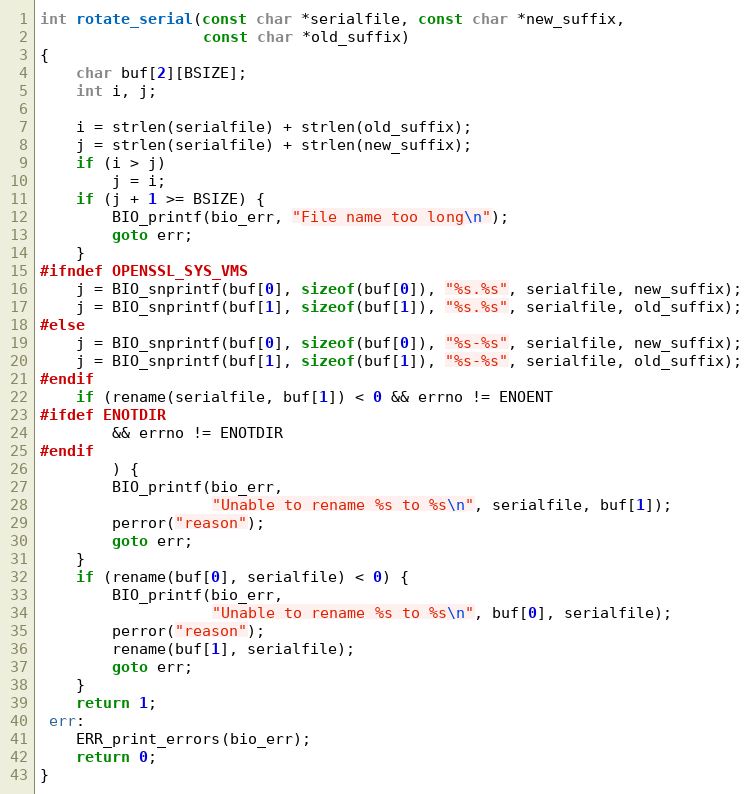
Language: C
int rotate_serial(const char *serialfile, const char *new_suffix,
                  const char *old_suffix)
{
    char buf[2][BSIZE];
    int i, j;

    i = strlen(serialfile) + strlen(old_suffix);
    j = strlen(serialfile) + strlen(new_suffix);
    if (i > j)
        j = i;
    if (j + 1 >= BSIZE) {
        BIO_printf(bio_err, "File name too long\n");
        goto err;
    }
#ifndef OPENSSL_SYS_VMS
    j = BIO_snprintf(buf[0], sizeof(buf[0]), "%s.%s", serialfile, new_suffix);
    j = BIO_snprintf(buf[1], sizeof(buf[1]), "%s.%s", serialfile, old_suffix);
#else
    j = BIO_snprintf(buf[0], sizeof(buf[0]), "%s-%s", serialfile, new_suffix);
    j = BIO_snprintf(buf[1], sizeof(buf[1]), "%s-%s", serialfile, old_suffix);
#endif
    if (rename(serialfile, buf[1]) < 0 && errno != ENOENT
#ifdef ENOTDIR
        && errno != ENOTDIR
#endif
        ) {
        BIO_printf(bio_err,
                   "Unable to rename %s to %s\n", serialfile, buf[1]);
        perror("reason");
        goto err;
    }
    if (rename(buf[0], serialfile) < 0) {
        BIO_printf(bio_err,
                   "Unable to rename %s to %s\n", buf[0], serialfile);
        perror("reason");
        rename(buf[1], serialfile);
        goto err;
    }
    return 1;
 err:
    ERR_print_errors(bio_err);
    return 0;
}